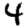
Digit: 4